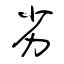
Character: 劣